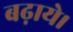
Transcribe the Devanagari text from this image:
बढ़ाये।